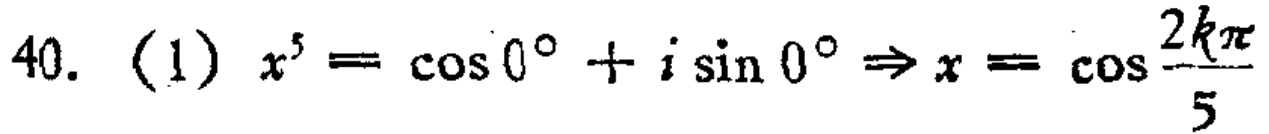
40. (1) \(x^{5}=\cos 0^{\circ}+i\sin 0^{\circ}\Rightarrow x = \cos\frac{2k\pi}{5}\)